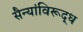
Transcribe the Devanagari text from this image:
सैन्यांविरूद्ध